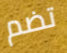
تضم